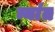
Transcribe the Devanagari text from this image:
न्यांत